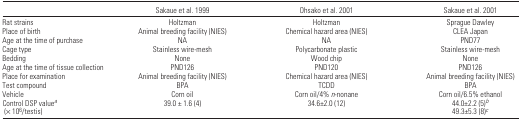
<table><thead><tr><td></td><td><b>Sakaue et al. 1999</b></td><td><b>Ohsako et al. 2001</b></td><td><b>Sakaue et al. 2001</b></td></tr></thead><tbody><tr><td>Rat strains</td><td>Holtzman</td><td>Holtzman</td><td>Sprague Dawley</td></tr><tr><td>Place of birth</td><td>Animal breeding facility (NIES)</td><td>Chemical hazard area (NIES)</td><td>CLEA Japan</td></tr><tr><td>Age at the time of purchase</td><td>NA</td><td>NA</td><td>PND77</td></tr><tr><td>Cage type</td><td>Stainless wire-mesh</td><td>Polycarbonate plastic</td><td>Stainless wire-mesh</td></tr><tr><td>Bedding</td><td>None</td><td>Wood chip</td><td>None</td></tr><tr><td>Age at the time of tissue collection</td><td>PND126</td><td>PND120</td><td>PND126</td></tr><tr><td>Place for examination</td><td>Animal breeding facility (NIES)</td><td>Chemical hazard area (NIES)</td><td>Animal breeding facility (NIES)</td></tr><tr><td>Test compound</td><td>BPA</td><td>TCDD</td><td>BPA</td></tr><tr><td>Vehicle</td><td>Corn oil</td><td>Corn oil/4% <i>n</i>-nonane</td><td>Corn oil/6.5% ethanol</td></tr><tr><td>Control DSP valuea (× 10<sup>6</sup>/testis)</td><td>39.0 ± 1.6 (4)</td><td>34.6±2.0 (12)</td><td>44.0±2.2 (5)b49.3±5.3 (8)c</td></tr></tbody></table>